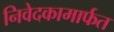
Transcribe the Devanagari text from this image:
निवेदकामार्फत